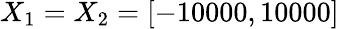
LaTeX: X_{1}=X_{2}=[-10000,10000]